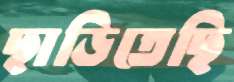
ছাড়িতেছি